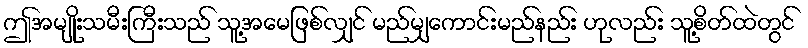
ဤအမျိုးသမီးကြီးသည် သူ့အမေဖြစ်လျှင် မည်မျှကောင်းမည်နည်း ဟုလည်း သူ့စိတ်ထဲတွင်